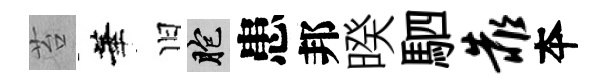
苔華旧胞患邦暌駟靠夲